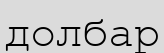
долбар